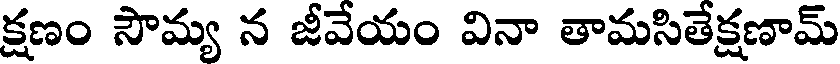
క్షణం సౌమ్య న జీవేయం వినా తామసితేక్షణామ్